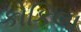
કોકિલા